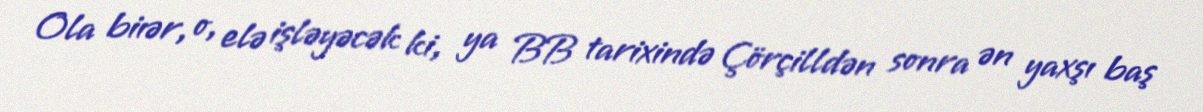
Ola biıər, o, elə işləyəcək ki, ya BB tarixində Çörçilldən sonra ən yaxşı baş